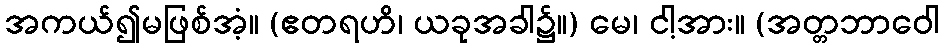
အကယ်၍မဖြစ်အံ့။ (ဧတရဟိ၊ ယခုအခါ၌။) မေ၊ ငါ့အား။ (အတ္တဘာဝေါ